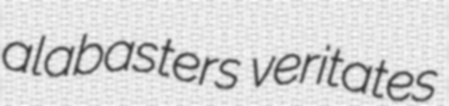
alabasters veritates